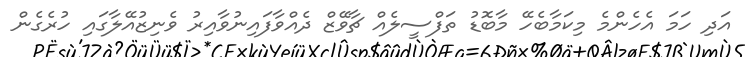
އަދި ހަމަ އެހެންމެ މިކަމާބެހޭ މާބޮޑު ތަފްސީލެއް ޗާވޭޒް ދެއްވާފައިނުވާއިރު ވެނިޒުއޭލާގައި ހުރެގެން